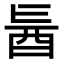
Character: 𮠙